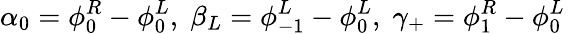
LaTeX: \alpha_{0}=\phi_{0}^{R}-\phi_{0}^{L},\; \beta_{L}=\phi_{-1}^{L}-\phi_{0}^{L},\; \gamma_{+}=\phi_{1}^{R}-\phi_{0}^{L}\;